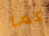
كما